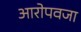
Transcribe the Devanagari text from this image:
आरोपवजा